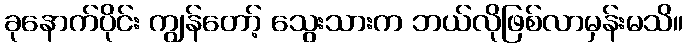
ခုနောက်ပိုင်း ကျွန်တော့် သွေးသားက ဘယ်လိုဖြစ်လာမှန်းမသိ။